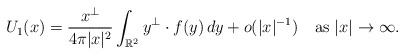
LaTeX: \begin{align*}U_1(x)=\frac{x^\perp}{4\pi |x|^2}\int_{\mathbb R^2}y^\perp\cdot f(y)\,dy+o(|x|^{-1}) \quad\mbox{as $|x|\to\infty$}.\end{align*}